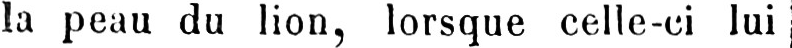
la peau du lion, lorsque celle-ci lui